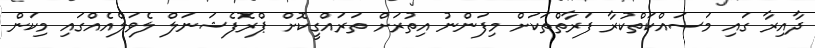
ދާއިރާ ގައި މަސައްކަތްކުރާ ފަރާތްތަކަށް މިފަންނު އިތުރަށް ތަރައްގީކޮށް ޕްރޮފެޝަނަލް ލެވަލްއެއްގައި މިކަން